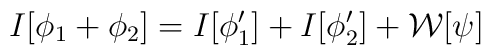
I[\phi_1+\phi_2]=I[\phi_1']+I[\phi_2'] +{\cal W}[\psi]